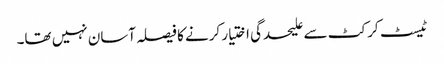
ٹیسٹ کرکٹ سے علیحدگی اختیار کرنے کا فیصلہ آسان نہیں تھا۔